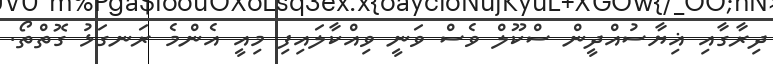
ދިރާގާއި ޣިޔާސުއްދީން ސްކޫލް ވެސް ވަނީ ވިއްކާލައިފި މިއީ އެންމެ ރަނގަޅު ގޮތްތޯ.